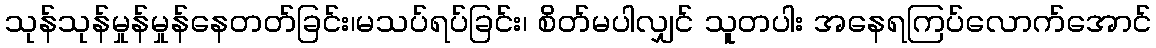
သုန်သုန်မှုန်မှုန်နေတတ်ခြင်း၊မသပ်ရပ်ခြင်း၊ စိတ်မပါလျှင် သူတပါး အနေရကြပ်လောက်အောင်